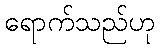
ရောက်သည်ဟု